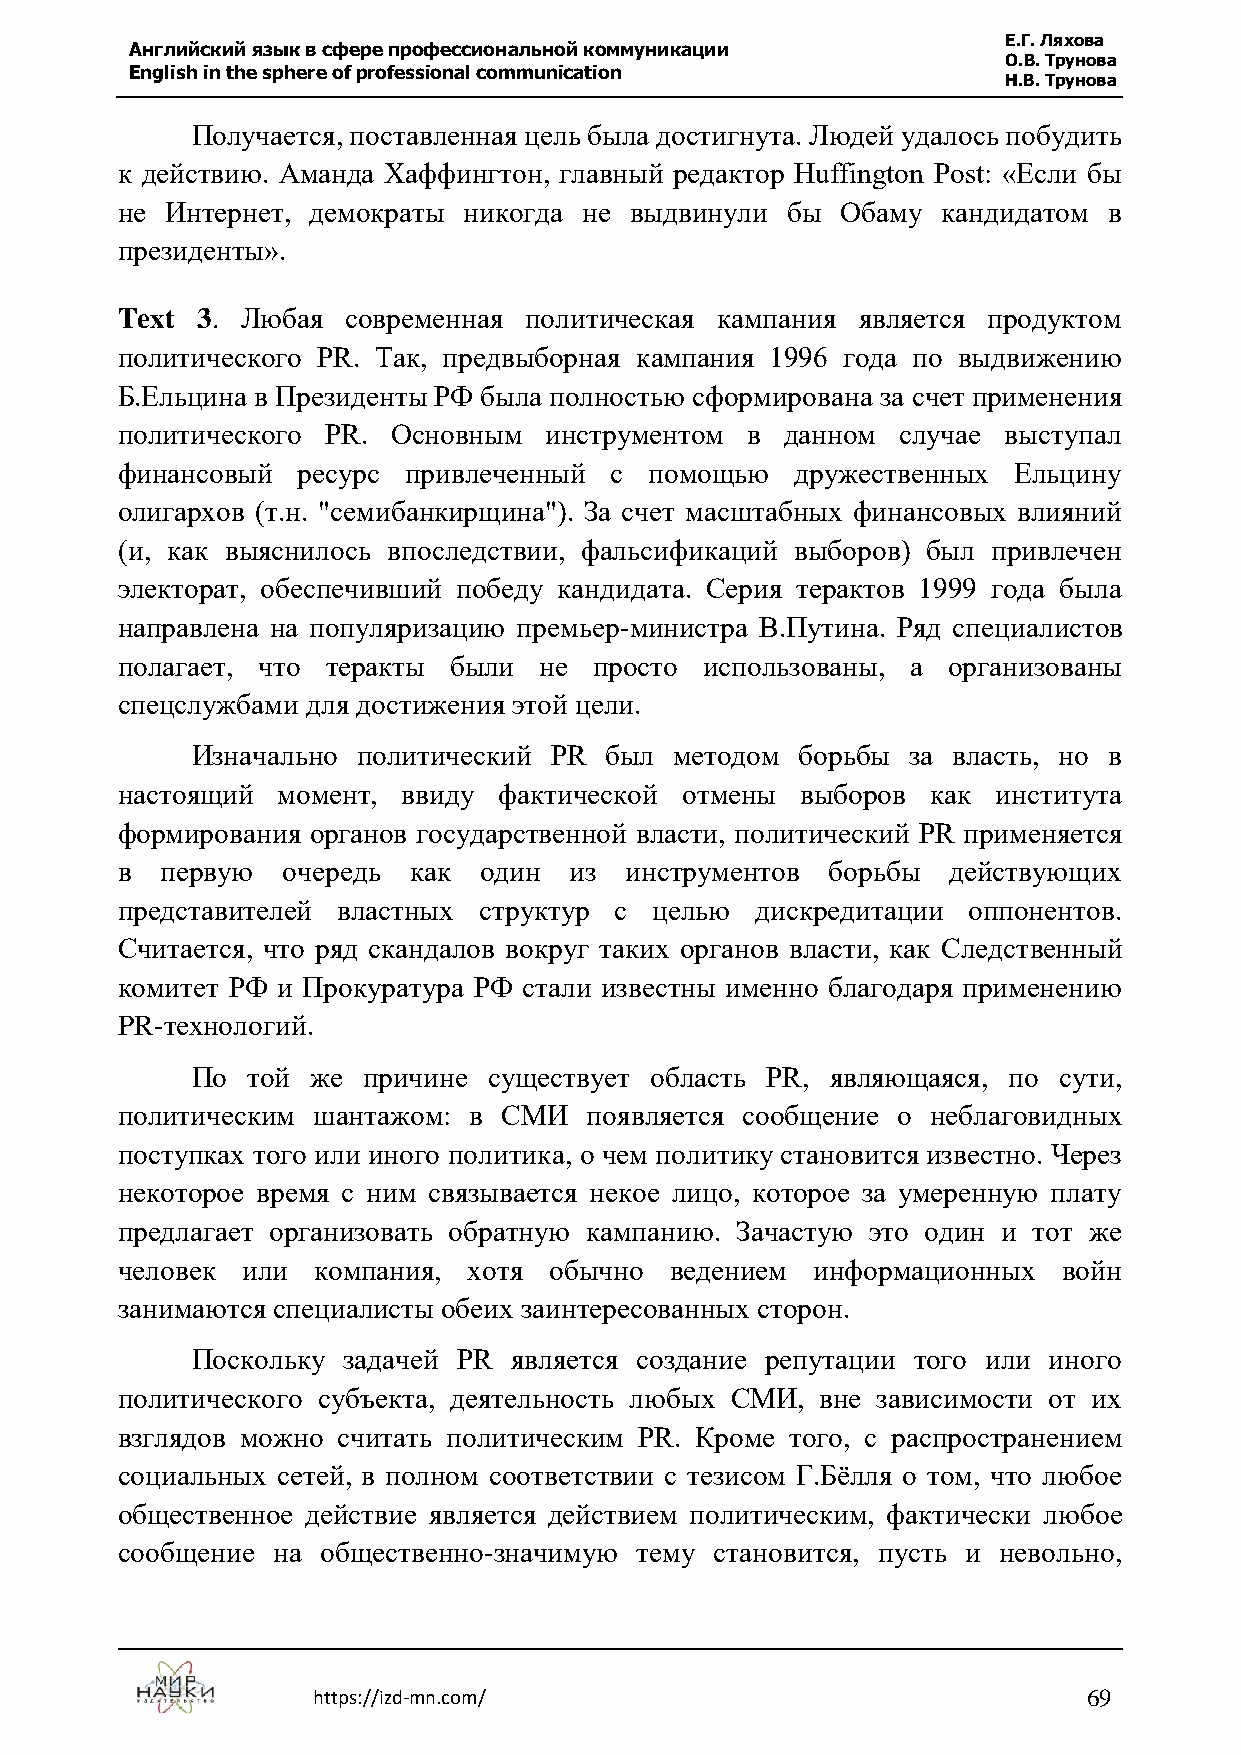
Е.Г. Ляхова
 Английский язык в сфере профессиональной коммуникации
 О.В. Трунова
 English in the sphere of professional communication
 Н.В. Трунова
 Получается, поставленная цель была достигнута. Людей удалось побудить
 к действию. Аманда Хаффингтон, главный редактор Huffington Post: «Если бы
 не Интернет, демократы никогда не выдвинули бы  Обаму кандидатом в
 президенты».
 Text 3. Любая  современная политическая кампания является продуктом
 политического PR. Так, предвыборная кампания 1996 года по выдвижению
 Б.Ельцина в Президенты РФ была полностью сформирована за счет применения
 политического PR. Основным  инструментом в  данном  случае выступал
 финансовый  ресурс привлеченный с  помощью   дружественных Ельцину
 олигархов (т.н. "семибанкирщина"). За счет масштабных финансовых влияний
 (и, как выяснилось впоследствии, фальсификаций выборов) был привлечен
 электорат, обеспечивший победу кандидата. Серия терактов 1999 года была
 направлена на популяризацию премьер-министра В.Путина. Ряд специалистов
 полагает, что теракты были  не просто  использованы, а организованы
 спецслужбами для достижения этой цели.
 Изначально политический PR был  методом борьбы за власть, но в
 настоящий момент,  ввиду фактической отмены  выборов  как института
 формирования органов государственной власти, политический PR применяется
 в  первую  очередь как  один  из инструментов  борьбы  действующих
 представителей властных структур с целью  дискредитации оппонентов.
 Считается, что ряд скандалов вокруг таких органов власти, как Следственный
 комитет РФ и Прокуратура РФ стали известны именно благодаря применению
 PR-технологий.
 По той  же причине существует область PR, являющаяся, по сути,
 политическим шантажом: в СМИ   появляется сообщение о неблаговидных
 поступках того или иного политика, о чем политику становится известно. Через
 некоторое время с ним связывается некое лицо, которое за умеренную плату
 предлагает организовать обратную кампанию. Зачастую это один и тот же
 человек или  компания, хотя обычно  ведением  информационных  войн
 занимаются специалисты обеих заинтересованных сторон.
 Поскольку задачей PR является создание репутации того или иного
 политического субъекта, деятельность любых СМИ, вне зависимости от их
 взглядов можно считать политическим PR. Кроме того, с распространением
 социальных сетей, в полном соответствии с тезисом Г.Бёлля о том, что любое
 общественное действие является действием политическим, фактически любое
 сообщение на общественно-значимую тему становится, пусть и невольно,
 https://izd-mn.com/                                69